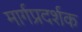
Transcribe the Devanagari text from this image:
मार्गप्रदर्शक